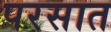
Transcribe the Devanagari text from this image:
परसात